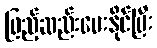
ဖြည့်ဆည်းပေးနိုင်ပြီး